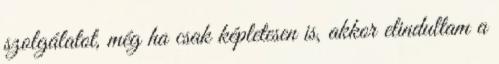
szolgálatot, még ha csak képletesen is, akkor elindultam a